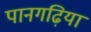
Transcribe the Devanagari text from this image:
पानगढ़िया